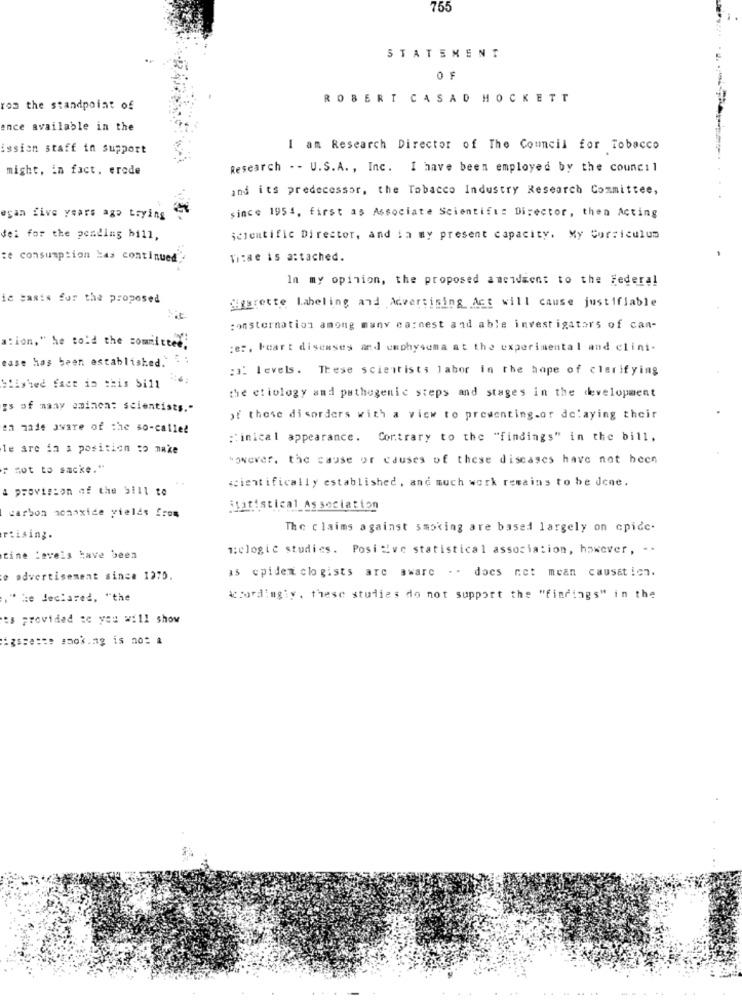
755
STATEMENT
OF
ROBERT CASAD HOCKETT
rom the standpoint of
ence available in the
ission staff in support
I am Research Director of The Council for Tobacco
might, in fact. erode
Research - - U.S.A. , Inc. I have been employed by the council
and its predecessor, the Tobacco Industry Research Committee,
ogan five years ago trying
since 1954, first as Associate Scientific Director, then Acting
dei for the pending bill,
scientific Director, and in my present capacity. My Curriculum
te consumption Has continued
Ti:ae is attached.
In my opinion, the proposed amcidsent to the federal
ie basis for the proposed
Sigarette Labeling and Advertising Act will cause justifiable
consternation among many ca:nest and able investigators of can-
ation," he told the committed;
:er, bear t diseases and emphysema at the experimental and clint-
ease has been established. . :
:3 levels. These scientists labor in the hope of clarifying
Siished fact in this Sill
the etiology and pathogenic steps and stages in the development
gs of many ominen: scientists."
of these disorders with a view to preventing.or delaying their
en made aware of the so-called
:: inical appearance. Contrary to the "findings" in the bill.
le are in a position :o make
however, the cause or causes of these diseases have not been
: not to sacke."
scientifically established , and much work remains to be done.
a provision of the bill to
carbon sohaxide yields from
Statistical Association
The claims against smoking are based largely on cpide-
riising.
m:clogic studies. Positive statistical association, however , - -
tine Levels have been
as cpiden clogists are aware .. does not mean causation.
e advertisement since 1970.
." he declared, "the
Accordingly. these studies do not support the "findings" in the
es provided te you will show
gsse == e smoking is not a
...